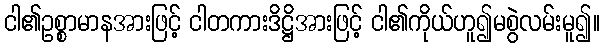
ငါ၏ဥစ္စာမာနအားဖြင့် ငါတကားဒိဋ္ဌိအားဖြင့် ငါ၏ကိုယ်ဟူ၍မစွဲလမ်းမူ၍။